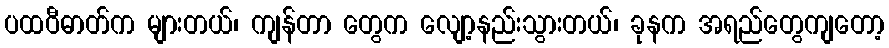
ပထဝီဓာတ်က များတယ်၊ ကျန်တာ တွေက လျော့နည်းသွားတယ်၊ ခုနက အရည်တွေကျတော့